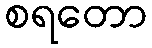
စရတော